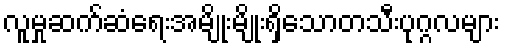
လူမှုဆက်ဆံရေးအမျိုးမျိုးရှိသောတသီးပုဂ္ဂလများ